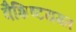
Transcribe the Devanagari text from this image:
वैशिष्टयगत